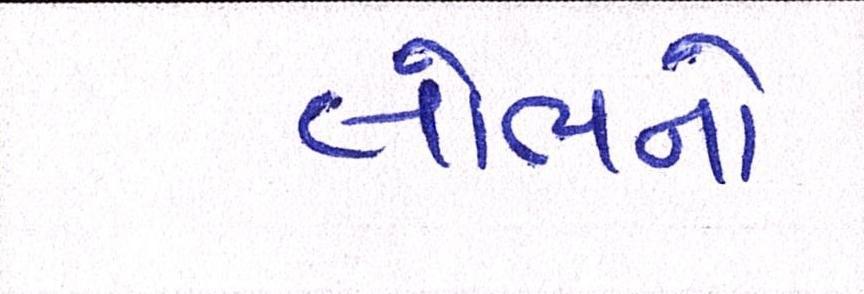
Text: લોભનો